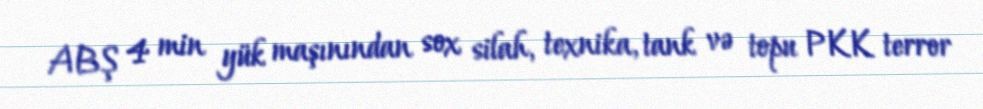
ABŞ 4 min yük maşınından sox silah, texnika, tank və topu PKK terror